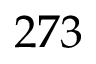
2 7 3